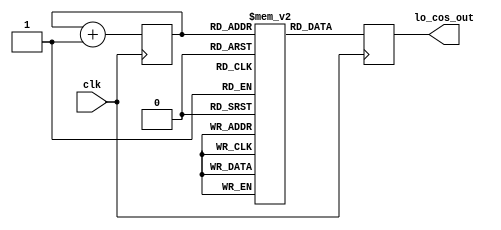
module lo_cos(clk, lo_cos_out);
  input clk;
  output reg signed [8:0] lo_cos_out;
  reg signed [8:0] cos [15:0];
  reg [3:0] counter;
  initial 
  begin 
    cos[0] = 100;
    cos[1] = 92;
    cos[2] = 71;
    cos[3] = 38;   
    cos[4] = 0;
    cos[5] = -38;
    cos[6] = -71;
    cos[7] = -92;
    cos[8] = -100;
    cos[9] = -92;
    cos[10] = -71;
    cos[11] = -38;
    cos[12] = 0;
    cos[13] = 38;
    cos[14] = 71;
    cos[15] = 92;    
    counter = 0;
  end
  always @(posedge clk)
  begin
    lo_cos_out = cos[counter];
    counter = counter +1;
  end
endmodule